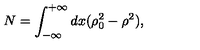
N = \int _ { - \infty } ^ { + \infty } d x ( \rho _ { 0 } ^ { 2 } - \rho ^ { 2 } ) ,